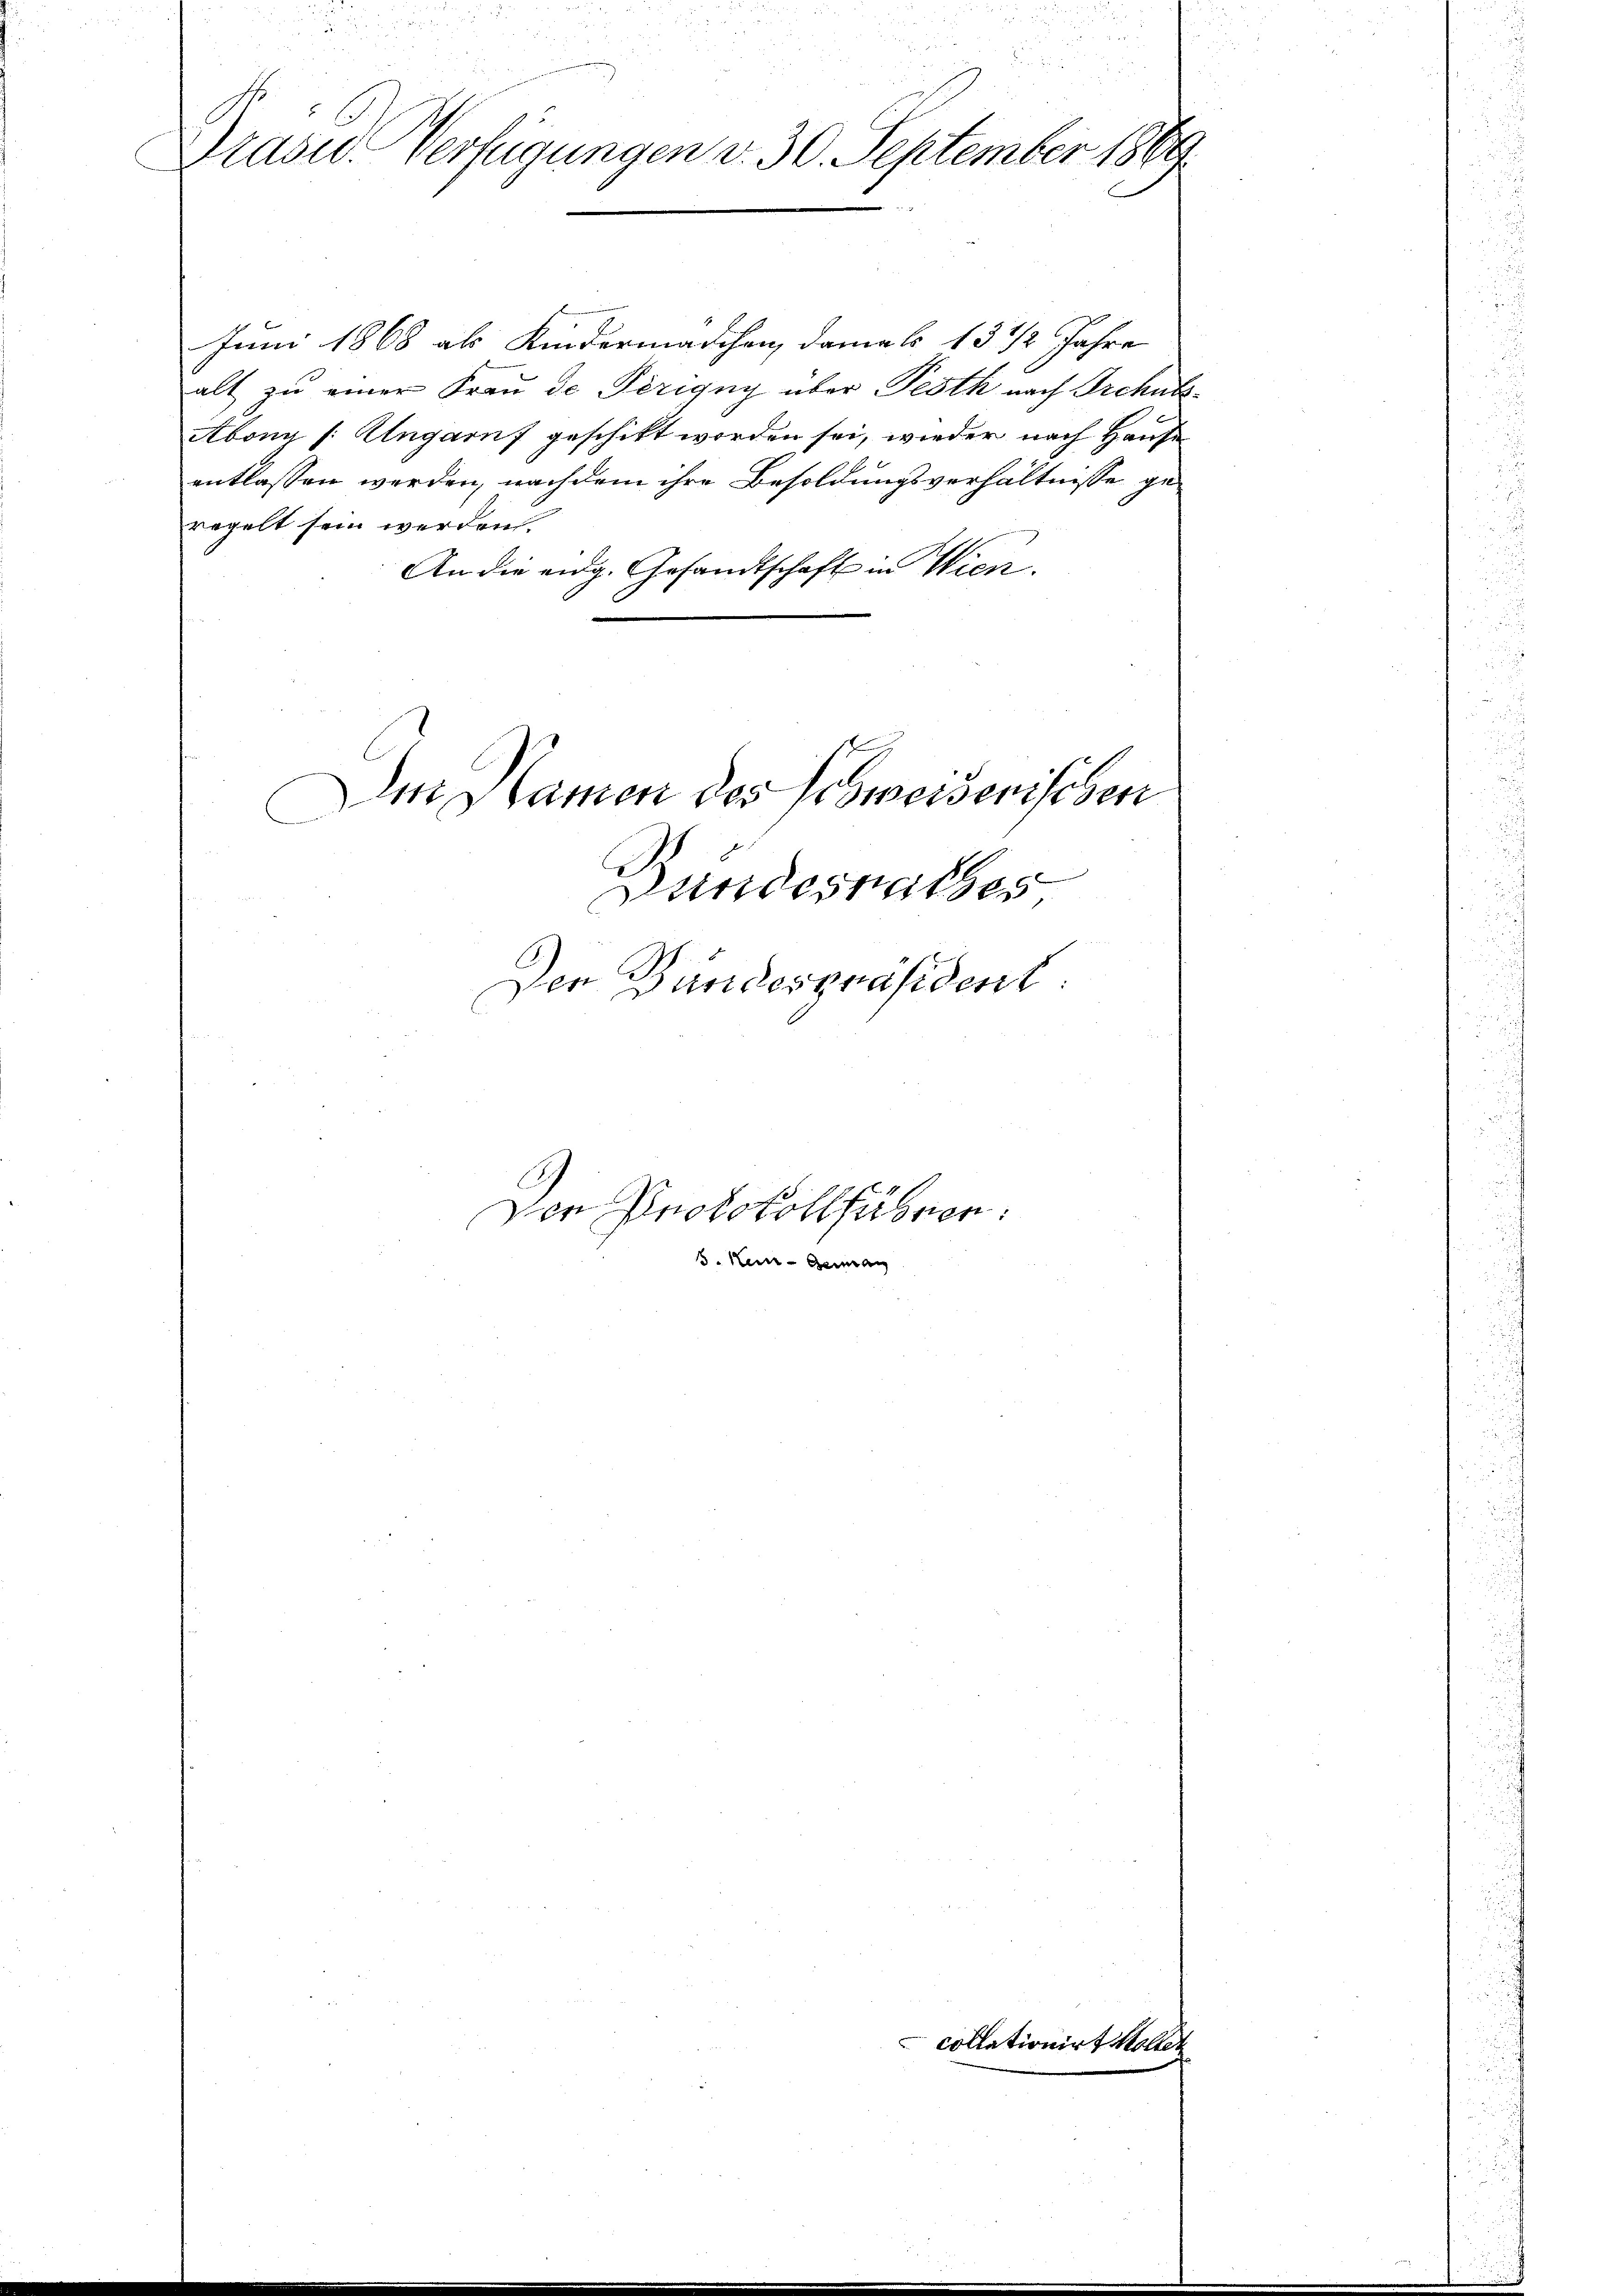
Gräser Verfügungen v. 30. September 1869.

Juni 1868 als Kindermädchen, damals 13 1/2 Jahre
alt zu einer Frau de Perigny über Pesth nach Irchuss
Abonn (: Ungarns geschikt worden sei, wieder nach Hause
entlassen werden, nachdem ihre Besoldungsverhältnisse geregelt sein werden.
An die eidg. Gesandtschaft in Wien.
Am Namen des Schweisenischen
Bundesrathes
Der Bundespräsident.
Der Protokollführen.

B. Kein Genan

.

lationirt Walte